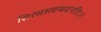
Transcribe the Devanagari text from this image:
शिरसस्त्वय्यवनतिः।।